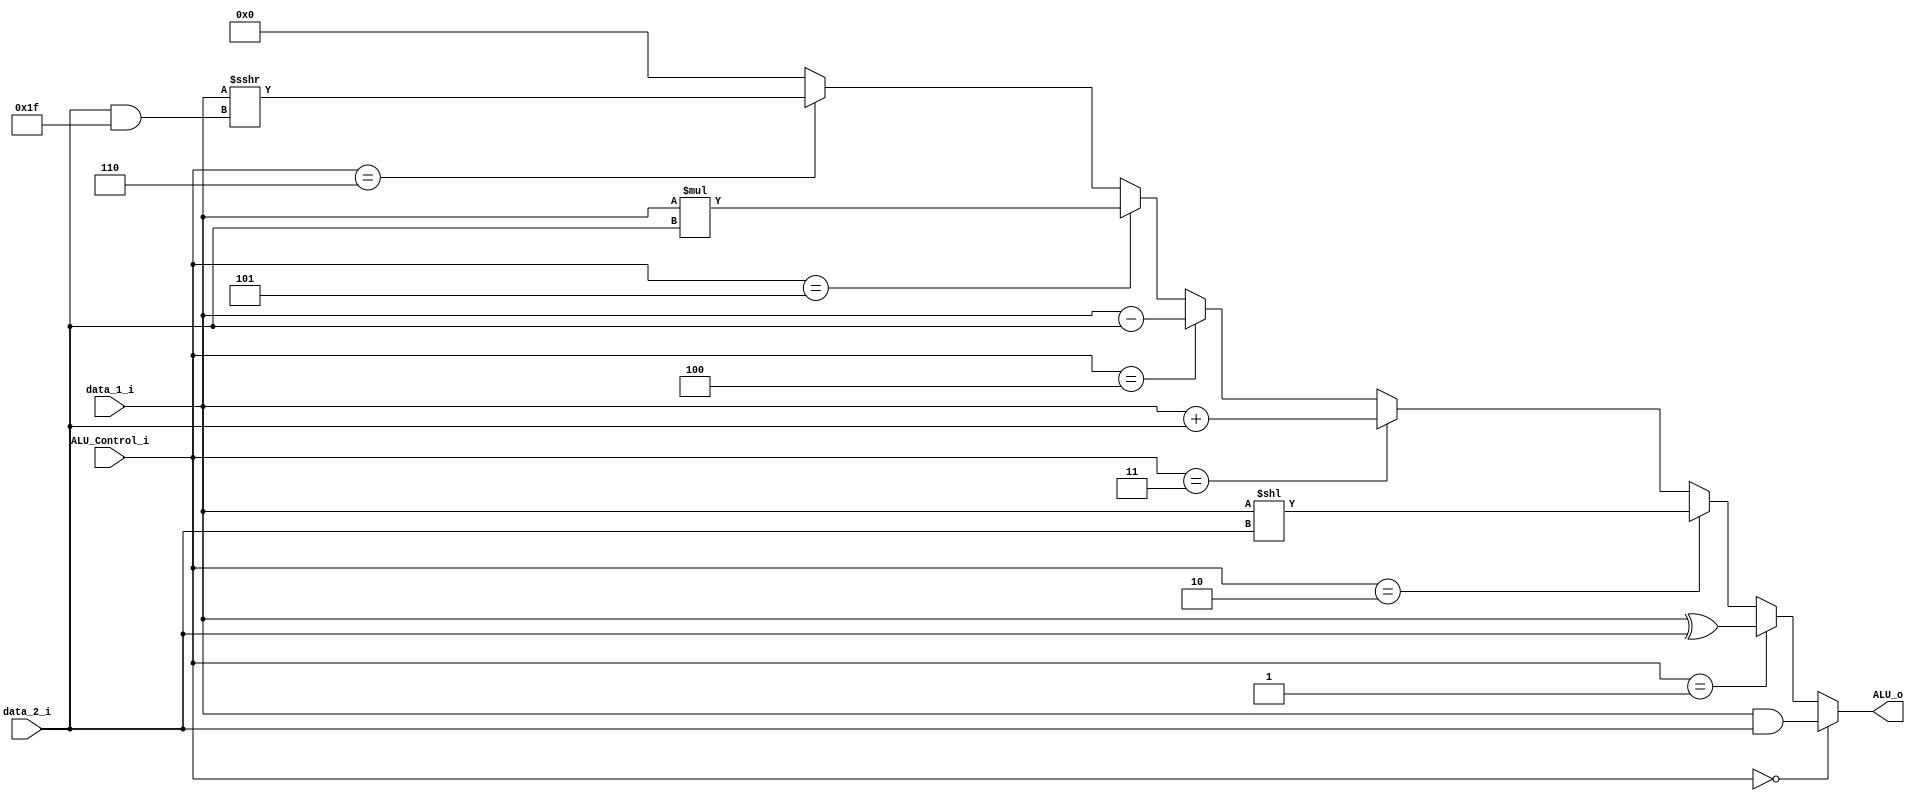
module ALU
(   data_1_i,
    data_2_i,
    ALU_Control_i,
    ALU_o
);
input [31:0] data_1_i, data_2_i;
input [2:0] ALU_Control_i;
output [31:0] ALU_o;

assign ALU_o =  (ALU_Control_i == 3'b000) ? data_1_i & data_2_i :
                (ALU_Control_i == 3'b001) ? data_1_i ^ data_2_i :
                (ALU_Control_i == 3'b010) ? data_1_i << data_2_i :
                (ALU_Control_i == 3'b011) ? data_1_i + data_2_i :
                (ALU_Control_i == 3'b100) ? data_1_i - data_2_i :
                (ALU_Control_i == 3'b101) ? data_1_i * data_2_i :
                (ALU_Control_i == 3'b110) ? data_1_i >>> (data_2_i & 12'b000000011111) : 32'b0;


endmodule